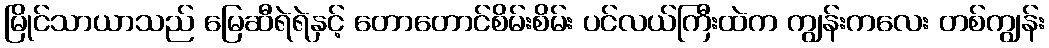
မြိုင်သာယာသည် မြေဆီရဲရဲနှင့် တောတောင်စိမ်းစိမ်း ပင်လယ်ကြီးထဲက ကျွန်းကလေး တစ်ကျွန်း